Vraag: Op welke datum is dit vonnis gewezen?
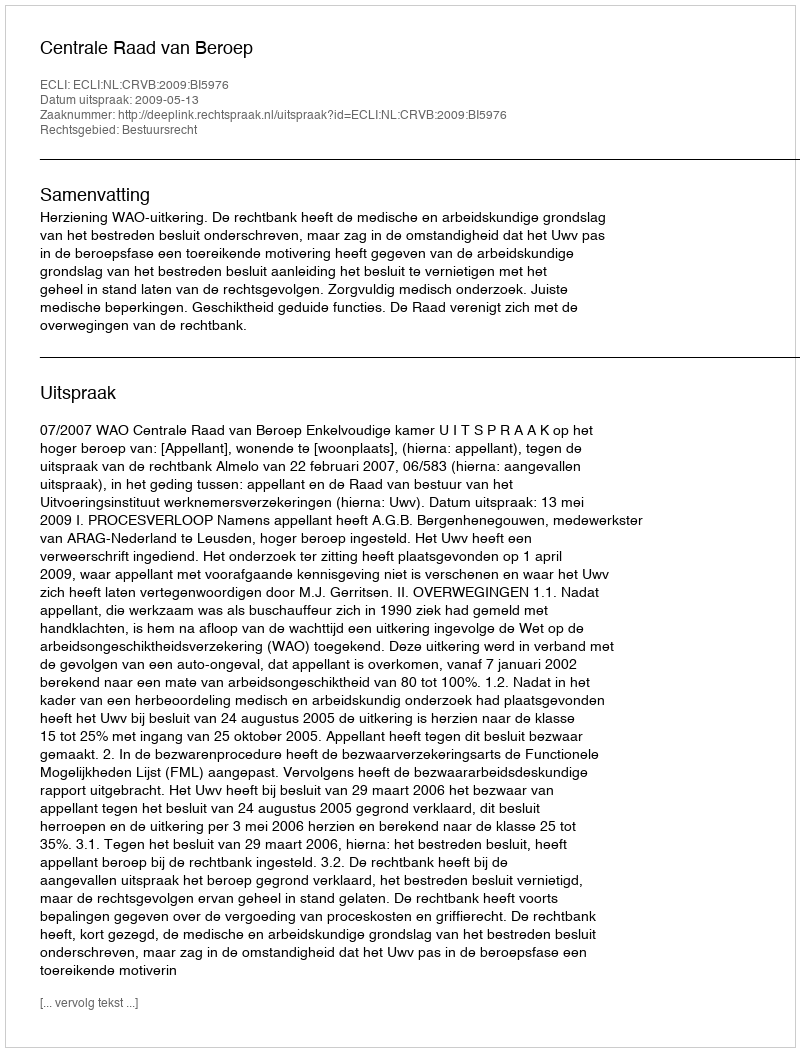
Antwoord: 2009-05-13